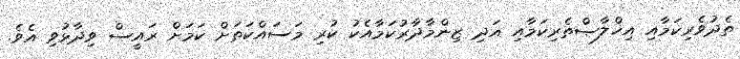
ތެދުވެރިކަމާއި އިޚްލާޞްތެރިކަމާއި އަދި ޒިންމާދާރުކަމާއެކު ކުރި މަސައްކަތަށް ކަމަށް ރައީސް ވިދާޅުވި އެވެ.